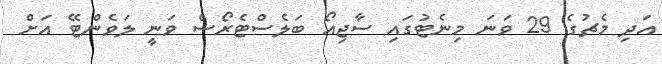
އަދި މެޗުގެ 29 ވަނަ މިނެޓުގައި ސާޖިއޯ ބަލެސްޓެރޯސް ވަނީ ލަވެންޓޭ އަށް